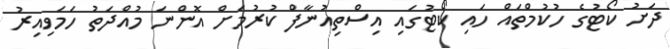
ދަށު ކޯޓުގެ ހުކުމްތައް ހައި ކޯޓުގައި އިސްތިއުނާފް ކުރުމަށް އޮންނަ މުއްދަތު ހަމަވިއިރު